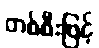
တစ်စီးဖြင့်